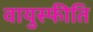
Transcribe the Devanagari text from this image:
वायुस्फीति